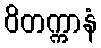
ဝိတက္ကာနံ